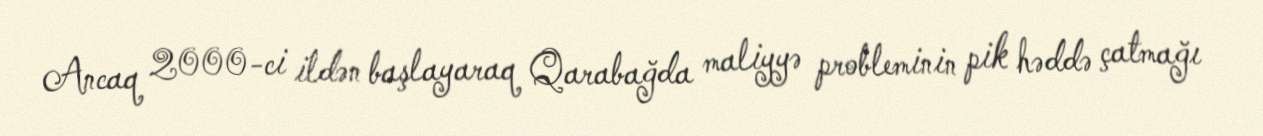
Ancaq 2000-ci ildən başlayaraq Qarabağda maliyyə probleminin pik həddə çatmağı